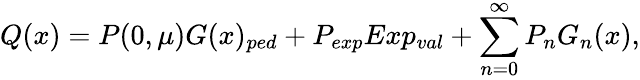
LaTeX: Q(x)=P(0,\mu)G(x)_{ped}+P_{exp}Exp_{val}+\sum_{n=0}^{\infty}P_{n}G_{n}(x),